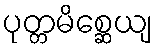
ပုတ္တမိစ္ဆေယျ